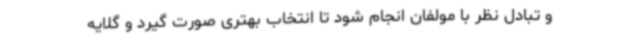
و تبادل نظر با مولفان انجام شود تا انتخاب بهتری صورت گیرد و گلایه